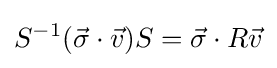
S^{-1}({\vec {\sigma }}\cdot {\vec {v}})S={\vec {\sigma }}\cdot R{\vec {v}}